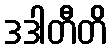
ဒဒါတီတိ